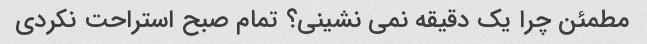
مطمئن چرا یک دقیقه نمی نشینی؟ تمام صبح استراحت نکردی